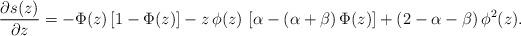
LaTeX: \begin{align*}\frac{\partial s(z)}{\partial z}=-\Phi(z)\,[1-\Phi(z)]- z\,\phi(z)\,\left[\alpha-(\alpha+\beta)\,\Phi(z)\right]+(2-\alpha-\beta)\,\phi^2(z).\end{align*}